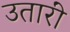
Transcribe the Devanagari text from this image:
उतारीं